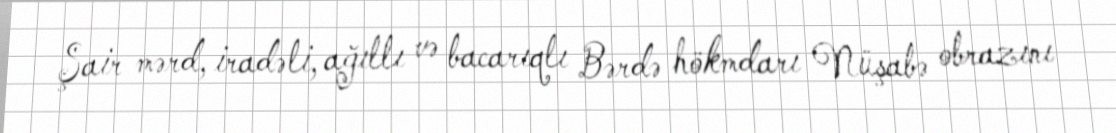
Şair mərd, iradəli, ağıllı və bacarıqlı Bərdə hökmdarı Nüşabə obrazını